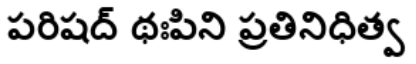
పరిషద్ థఃపిని ప్రతినిధిత్వ